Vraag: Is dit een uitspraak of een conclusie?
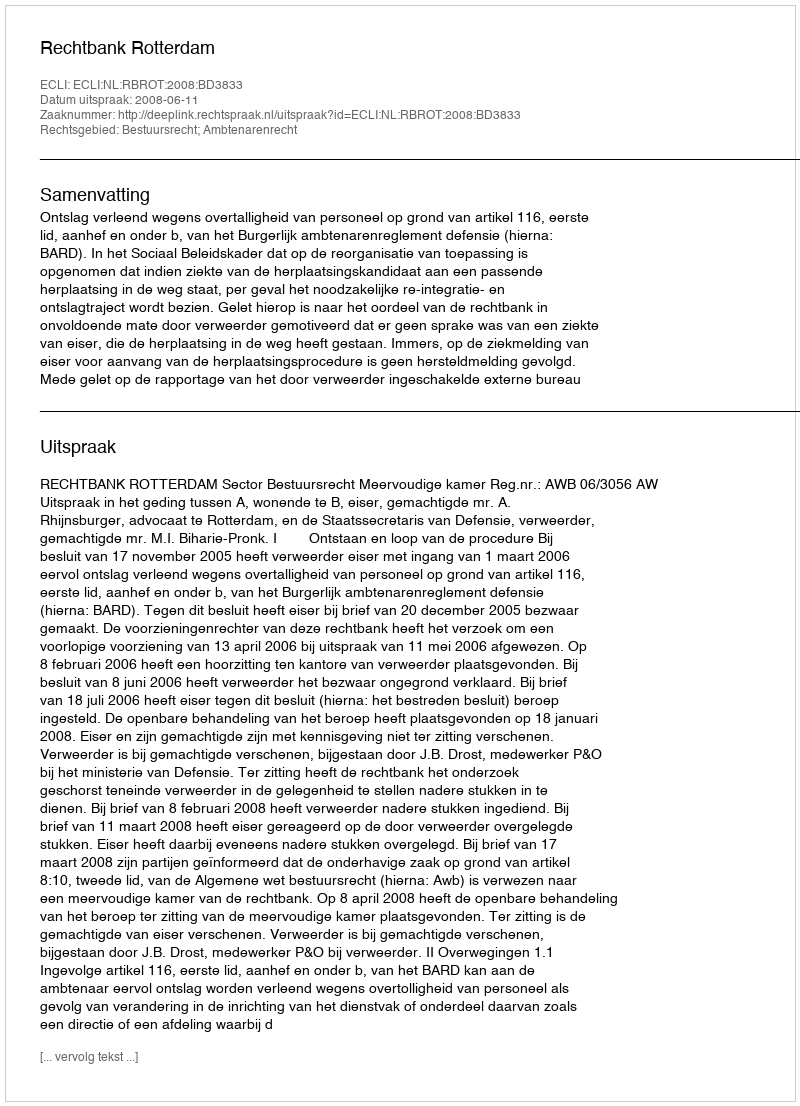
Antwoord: Uitspraak